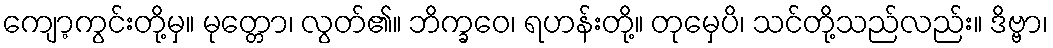
ကျော့ကွင်းတို့မှ။ မုတ္တော၊ လွတ်၏။ ဘိက္ခဝေ၊ ရဟန်းတို့။ တုမှေပိ၊ သင်တို့သည်လည်း။ ဒိဗ္ဗာ၊